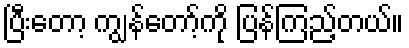
ပြီးတော့ ကျွန်တော့်ကို ပြန်ကြည့်တယ်။